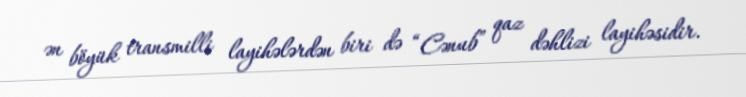
ən böyük transmilli layihələrdən biri də “Cənub” qaz dəhlizi layihəsidir.